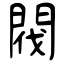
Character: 閥